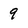
Character: 9